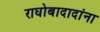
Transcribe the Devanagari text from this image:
राघोबादादांना